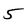
Character: 5